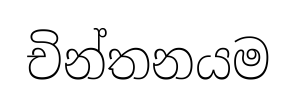
චින්තනයම